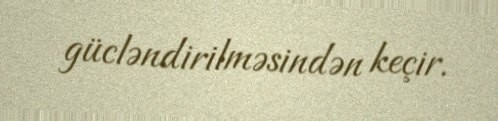
gücləndirilməsindən keçir.